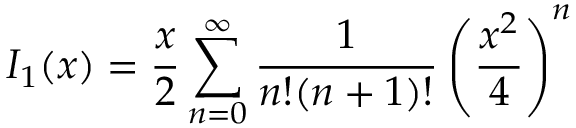
I _ { 1 } ( x ) = \frac { x } { 2 } \sum _ { n = 0 } ^ { \infty } \frac { 1 } { n ! ( n + 1 ) ! } \left( \frac { x ^ { 2 } } { 4 } \right) ^ { n }